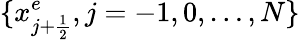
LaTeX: \{ x_{j+\frac{1}{2}}^{e},j=-1,0,\ldots,N\}